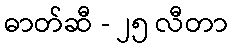
ဓာတ်ဆီ - ၂၅ လီတာ